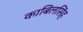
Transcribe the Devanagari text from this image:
काबिलसिंह